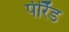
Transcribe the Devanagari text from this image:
पीरैँड